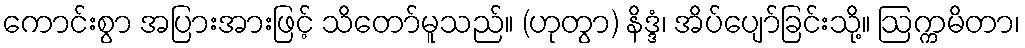
ကောင်းစွာ အပြားအားဖြင့် သိတော်မူသည်။ (ဟုတွာ) နိဒ္ဒံ၊ အိပ်ပျော်ခြင်းသို့။ ဩက္ကမိတာ၊